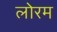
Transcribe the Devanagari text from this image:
लोरम